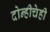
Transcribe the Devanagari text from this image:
दोन्हीचेही